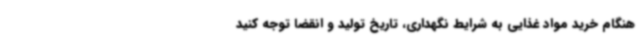
هنگام خرید مواد غذایی به شرایط نگهداری، تاریخ تولید و انقضا توجه کنید